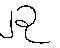
၂ခု